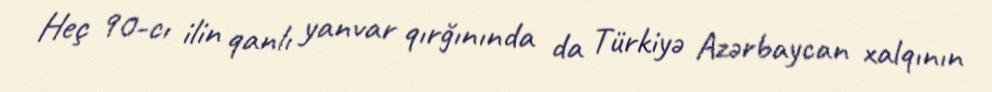
Heç 90-cı ilin qanlı yanvar qırğınında da Türkiyə Azərbaycan xalqının